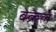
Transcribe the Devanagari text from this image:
बेक्रेल